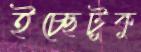
ইচ্ছেটুকু